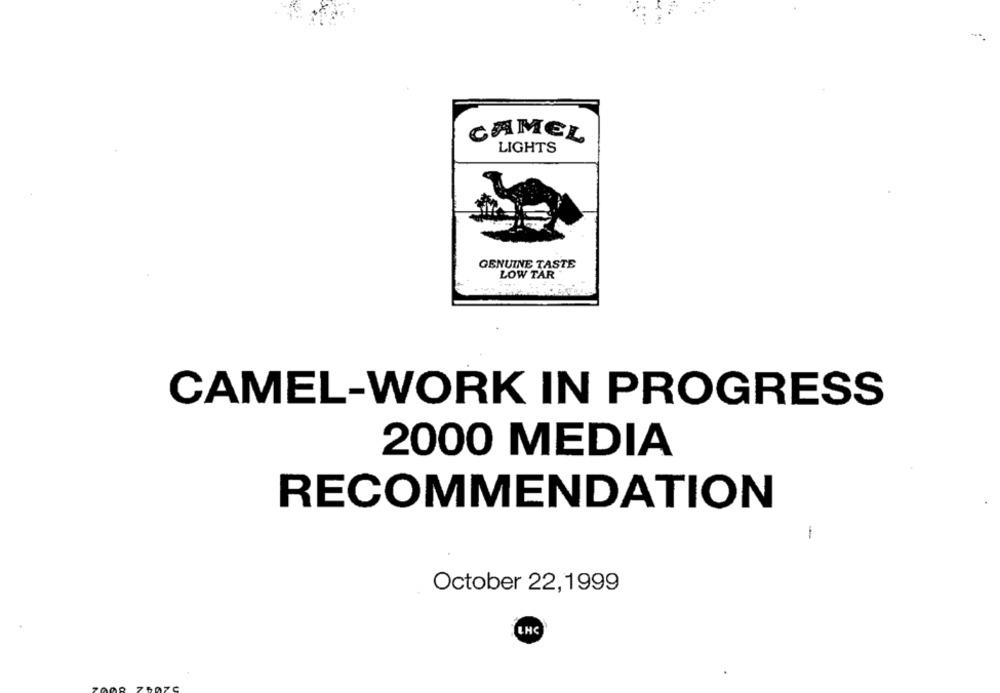
CAMEL
LIGHTS
GENUINE TASTE
LOW TAR
CAMEL-WORK IN PROGRESS
2000 MEDIA
RECOMMENDATION
-
October 22,1999
LHC